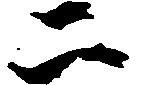
二